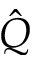
\hat { Q }